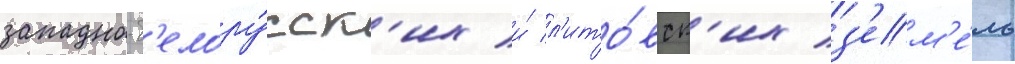
западно-б'елору́сск'их и́ л'ито́вск'их з'ем'е́ль